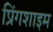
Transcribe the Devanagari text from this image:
प्रिंगशाइम